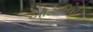
બોટાનિકો